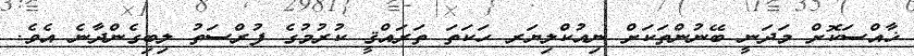
ޚާއްސަކޮށް މަދަނީ ބޭނުންތަކަށް ނިއުކްލިޔަރ ހަކަތަ ތަރައްޤީ ކުރުމުގެ ފުރްސަތު ލިބިގެންދާނެ އެވެ.